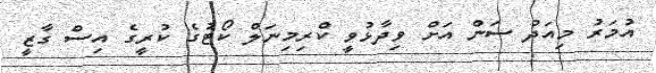
އުމަރު މިއަދު ސަން އަށް ވިދާޅުވީ ކްރިމިނަލް ކޯޓުގެ ކުރީގެ އިސް ގާޒީ